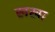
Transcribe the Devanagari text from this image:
खखा